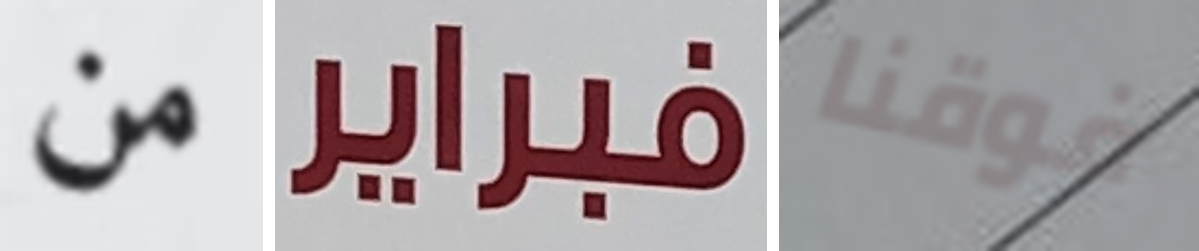
من فبراير فوقنا